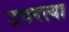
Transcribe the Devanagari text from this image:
उपरत्या